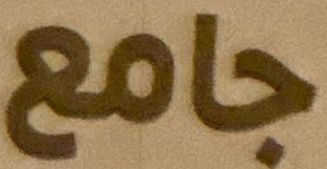
جامع